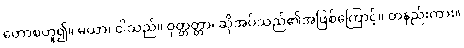
တောစဟူ၍။ မယာ၊ ငါသည်။ ဝုတ္တတ္တာ၊ ဆိုအပ်သည်၏အဖြစ်ကြောင့်။ တနည်းကား။